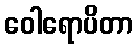
ဝေါရောပိတာ